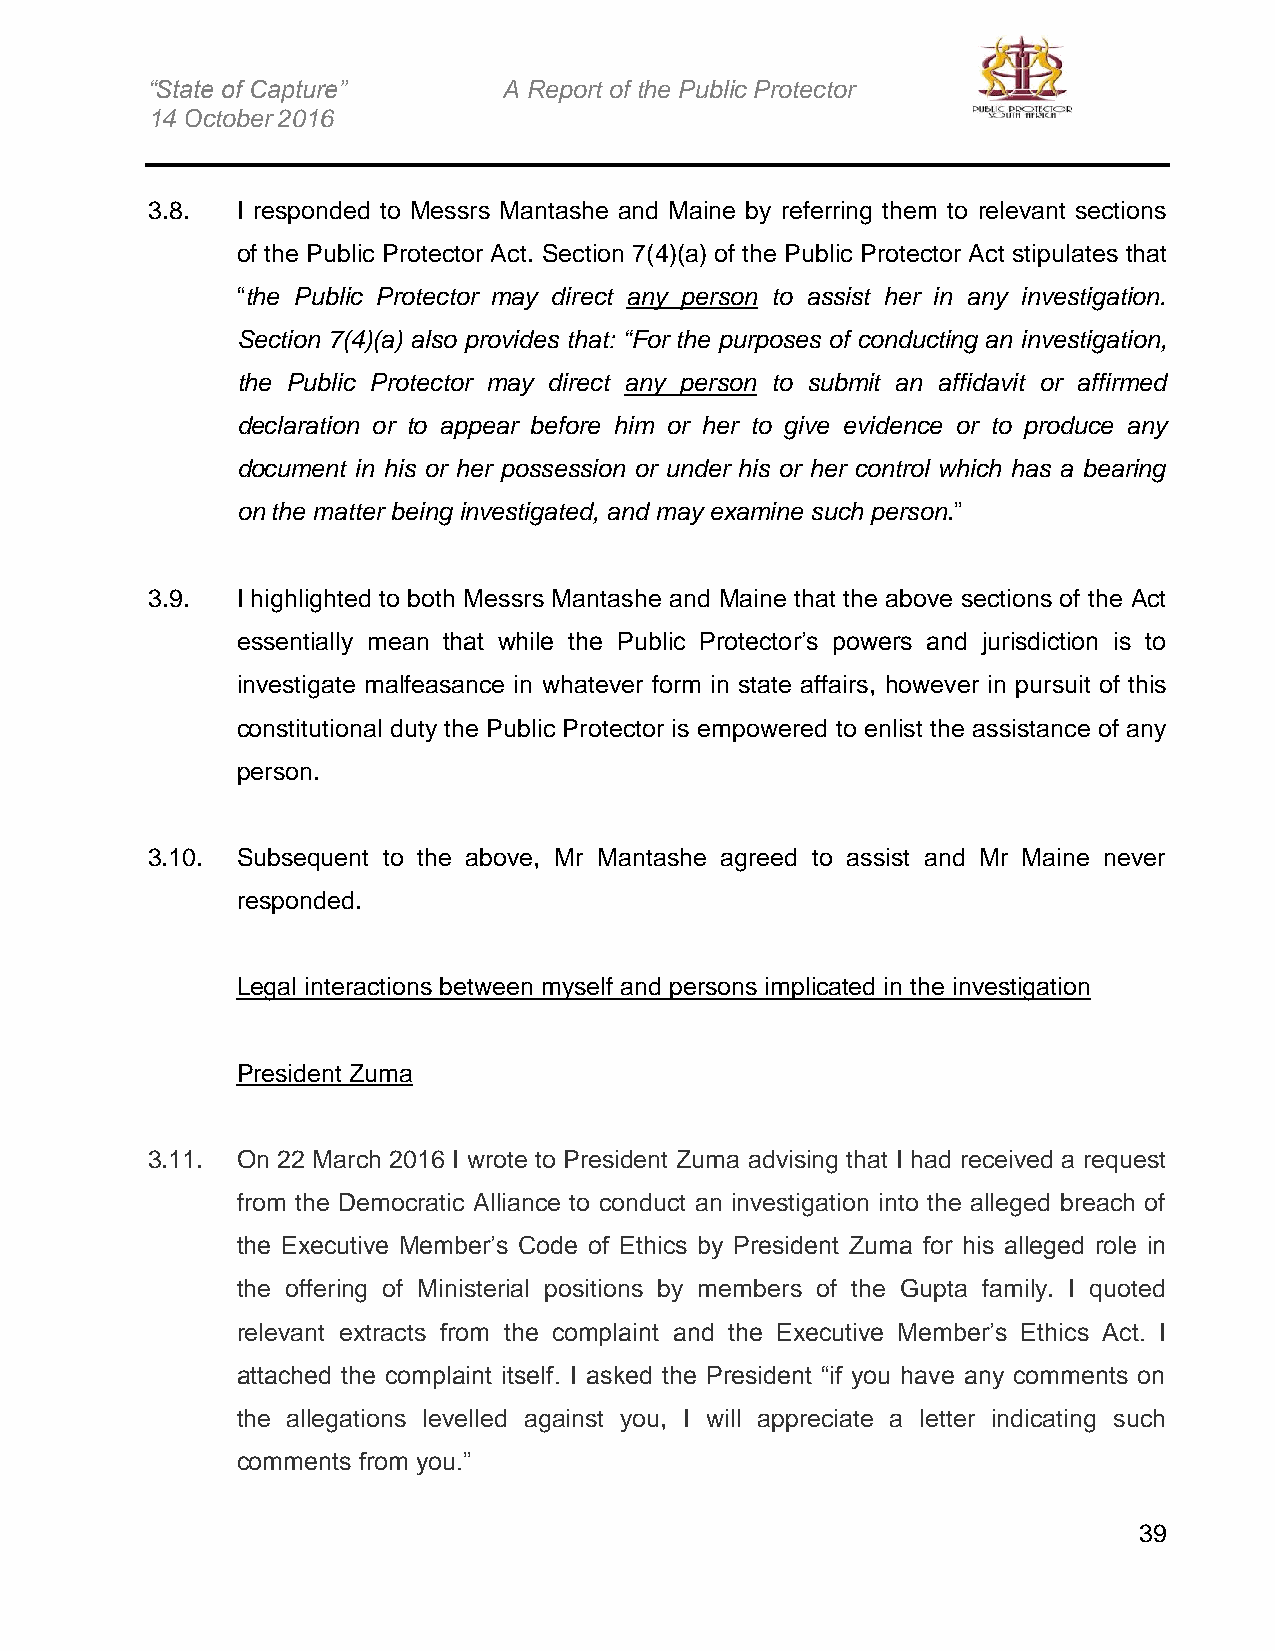
“State of Capture”     A Report of the Public Protector
 14 October 2016
 3.8.  I responded to Messrs Mantashe and Maine by referring them to relevant sections
 of the Public Protector Act. Section 7(4)(a) of the Public Protector Act stipulates that
 “the Public Protector may direct any person to assist her in any investigation.
 Section 7(4)(a) also provides that: “For the purposes of conducting an investigation,
 the Public Protector may direct any person to submit an affidavit or affirmed
 declaration or to appear before him or her to give evidence or to produce any
 document in his or her possession or under his or her control which has a bearing
 on the matter being investigated, and may examine such person.”
 3.9.  I highlighted to both Messrs Mantashe and Maine that the above sections of the Act
 essentially mean that while the Public Protector’s powers and jurisdiction is to
 investigate malfeasance in whatever form in state affairs, however in pursuit of this
 constitutional duty the Public Protector is empowered to enlist the assistance of any
 person.
 3.10. Subsequent to the above, Mr Mantashe agreed to assist and Mr Maine never
 responded.
 Legal interactions between myself and persons implicated in the investigation
 President Zuma
 3.11. On 22 March 2016 I wrote to President Zuma advising that I had received a request
 from the Democratic Alliance to conduct an investigation into the alleged breach of
 the Executive Member’s Code of Ethics by President Zuma for his alleged role in
 the offering of Ministerial positions by members of the Gupta family. I quoted
 relevant extracts from the complaint and the Executive Member’s Ethics Act. I
 attached the complaint itself. I asked the President “if you have any comments on
 the allegations levelled against you, I will appreciate a letter indicating such
 comments from you.”
 39